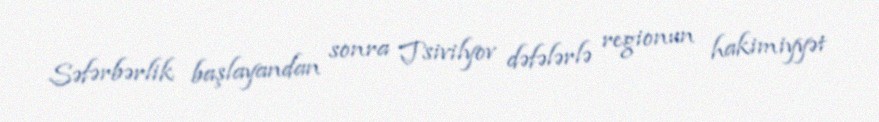
Səfərbərlik başlayandan sonra Tsivilyov dəfələrlə regionun hakimiyyət